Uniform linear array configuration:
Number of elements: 16
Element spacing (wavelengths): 1
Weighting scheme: uniform
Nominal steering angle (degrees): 45
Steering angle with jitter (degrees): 43.403
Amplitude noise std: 0.05
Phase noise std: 0.05

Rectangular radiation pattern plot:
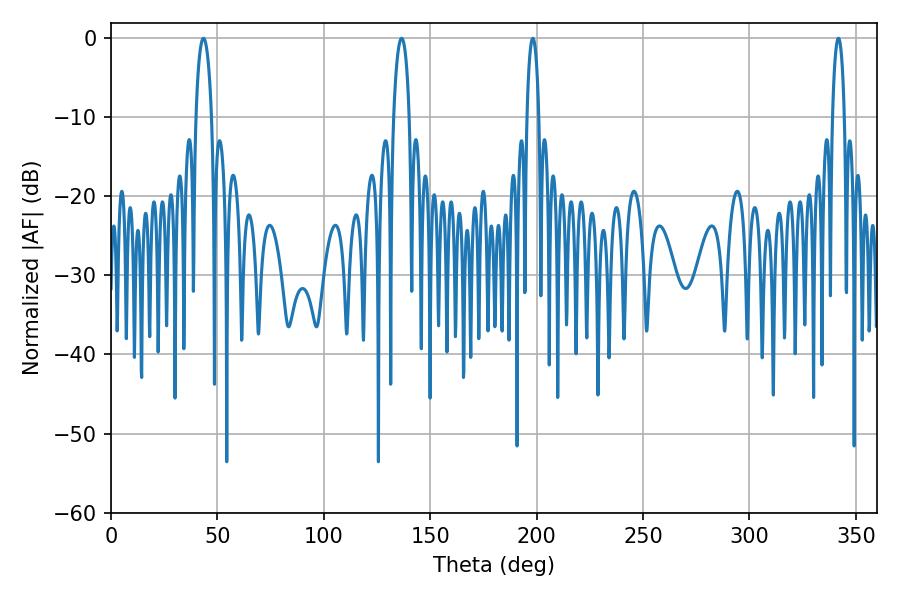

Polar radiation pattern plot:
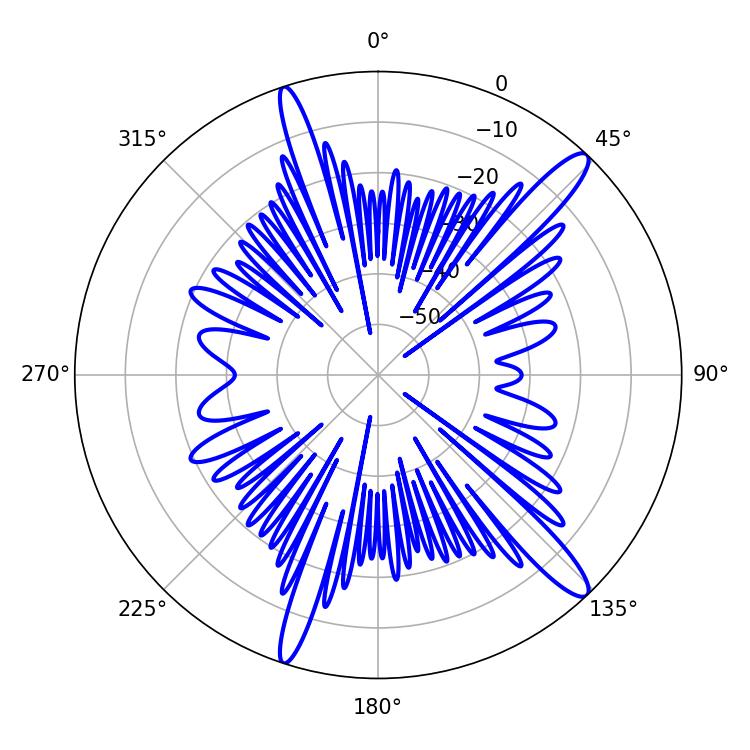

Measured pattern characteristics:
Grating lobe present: TRUE
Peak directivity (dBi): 14.396
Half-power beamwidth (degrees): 3.24
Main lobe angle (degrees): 341.82